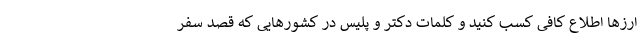
ارزها اطلاع کافی کسب کنید و کلمات دکتر و پلیس در کشورهایی که قصد سفر